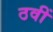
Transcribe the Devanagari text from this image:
ठवीं